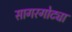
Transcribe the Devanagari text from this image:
सागरगोट्या